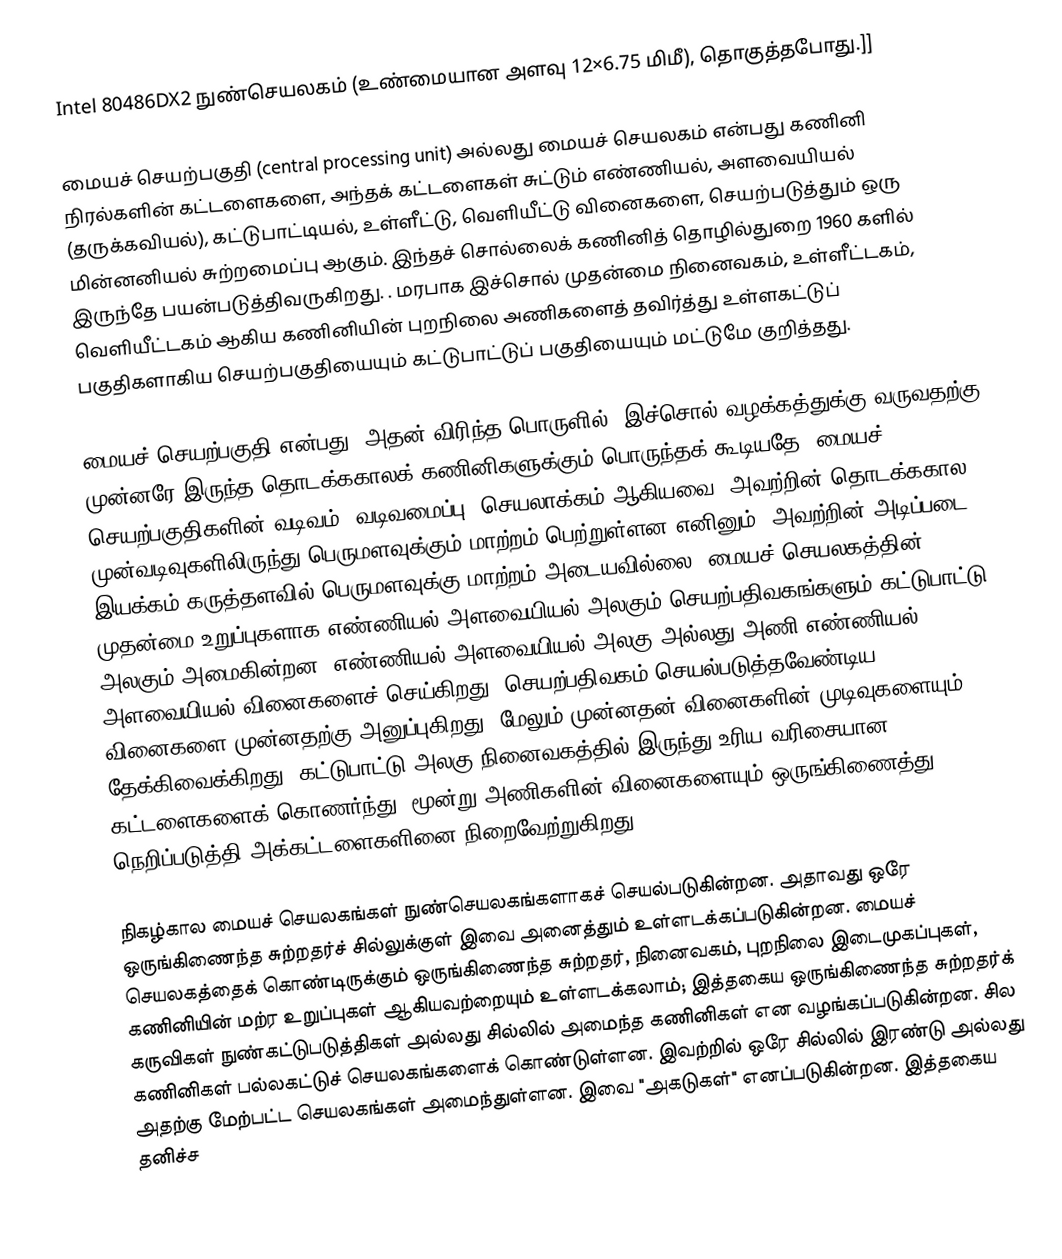
Intel 80486DX2 நுண்செயலகம் (உண்மையான அளவு 12×6.75 மிமீ), தொகுத்தபோது.]]

மையச் செயற்பகுதி (central processing unit)  அல்லது மையச் செயலகம்  என்பது கணினி நிரல்களின் கட்டளைகளை, அந்தக் கட்டளைகள் சுட்டும் எண்ணியல், அளவையியல் (தருக்கவியல்), கட்டுபாட்டியல், உள்ளீட்டு, வெளியீட்டு வினைகளை,  செயற்படுத்தும் ஒரு மின்னனியல் சுற்றமைப்பு ஆகும். இந்தச் சொல்லைக் கணினித் தொழில்துறை 1960 களில் இருந்தே பயன்படுத்திவருகிறது. .  மரபாக இச்சொல் முதன்மை நினைவகம்,  உள்ளீட்டகம், வெளியீட்டகம் ஆகிய கணினியின் புறநிலை அணிகளைத் தவிர்த்து உள்ளகட்டுப் பகுதிகளாகிய செயற்பகுதியையும் கட்டுபாட்டுப் பகுதியையும் மட்டுமே குறித்தது.

மையச் செயற்பகுதி என்பது, அதன் விரிந்த பொருளில், இச்சொல் வழக்கத்துக்கு வருவதற்கு முன்னரே இருந்த தொடக்ககாலக் கணினிகளுக்கும் பொருந்தக் கூடியதே. மையச் செயற்பகுதிகளின் வடிவம், வடிவமைப்பு, செயலாக்கம் ஆகியவை, அவற்றின் தொடக்ககால முன்வடிவுகளிலிருந்து பெருமளவுக்கும் மாற்றம் பெற்றுள்ளன எனினும், அவற்றின் அடிப்படை இயக்கம் கருத்தளவில் பெருமளவுக்கு மாற்றம் அடையவில்லை. மையச் செயலகத்தின் முதன்மை உறுப்புகளாக எண்ணியல்-அளவையியல் அலகும் செயற்பதிவகங்களும் கட்டுபாட்டு அலகும் அமைகின்றன. எண்ணியல்-அளவையியல் அலகு அல்லது அணி எண்ணியல், அளவையியல் வினைகளைச் செய்கிறது. செயற்பதிவகம் செயல்படுத்தவேண்டிய வினைகளை முன்னதற்கு அனுப்புகிறது; மேலும் முன்னதன் வினைகளின் முடிவுகளையும் தேக்கிவைக்கிறது; கட்டுபாட்டு அலகு நினைவகத்தில் இருந்து உரிய வரிசையான கட்டளைகளைக் கொணர்ந்து, மூன்று அணிகளின் வினைகளையும் ஒருங்கிணைத்து நெறிப்படுத்தி அக்கட்டளைகளினை நிறைவேற்றுகிறது.

நிகழ்கால மையச் செயலகங்கள் நுண்செயலகங்களாகச் செயல்படுகின்றன. அதாவது ஒரே ஒருங்கிணைந்த சுற்றதர்ச் சில்லுக்குள் இவை அனைத்தும் உள்ளடக்கப்படுகின்றன. மையச் செயலகத்தைக் கொண்டிருக்கும் ஒருங்கிணைந்த சுற்றதர், நினைவகம், புறநிலை இடைமுகப்புகள், கணினியின் மற்ர உறுப்புகள் ஆகியவற்றையும் உள்ளடக்கலாம்; இத்தகைய ஒருங்கிணைந்த சுற்றதர்க் கருவிகள் நுண்கட்டுபடுத்திகள்  அல்லது சில்லில் அமைந்த கணினிகள் என வழங்கப்படுகின்றன. சில கணினிகள் பல்லகட்டுச் செயலகங்களைக் கொண்டுள்ளன. இவற்றில் ஒரே சில்லில் இரண்டு அல்லது அதற்கு மேற்பட்ட செயலகங்கள் அமைந்துள்ளன. இவை  "அகடுகள்"  எனப்படுகின்றன. இத்தகைய தனிச்ச